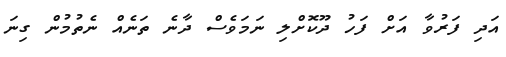
އަދި ފަރުވާ އަށް ފަހު ދޫކޮށްލި ނަމަވެސް ދާނެ ތަނެއް ނެތުމުން ގިނަ